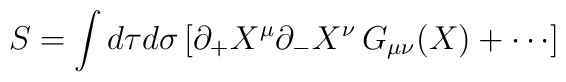
S=\int d\tau d\sigma \,[\partial _{+}X^\mu \partial _{-}X^\nu \,G_{\mu \nu}(X)+\cdots ]